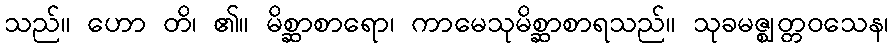
သည်။ ဟော တိ၊ ၏။ မိစ္ဆာစာရော၊ ကာမေသုမိစ္ဆာစာရသည်။ သုခမဇ္ဈတ္တဝသေန၊